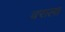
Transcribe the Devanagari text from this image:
वराला